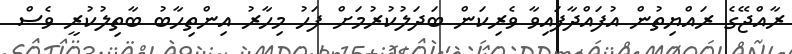
ރާއްޖޭގެ ރައްޔިތުން އުފައްދާފައިވާ ވެރިކަން ބަދަލުކުރުމަށް ފަހު މިހާރު އިންތިހާބު ބާތިލުކުރީ ވެސް